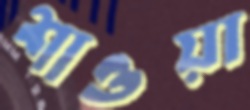
শাওয়া